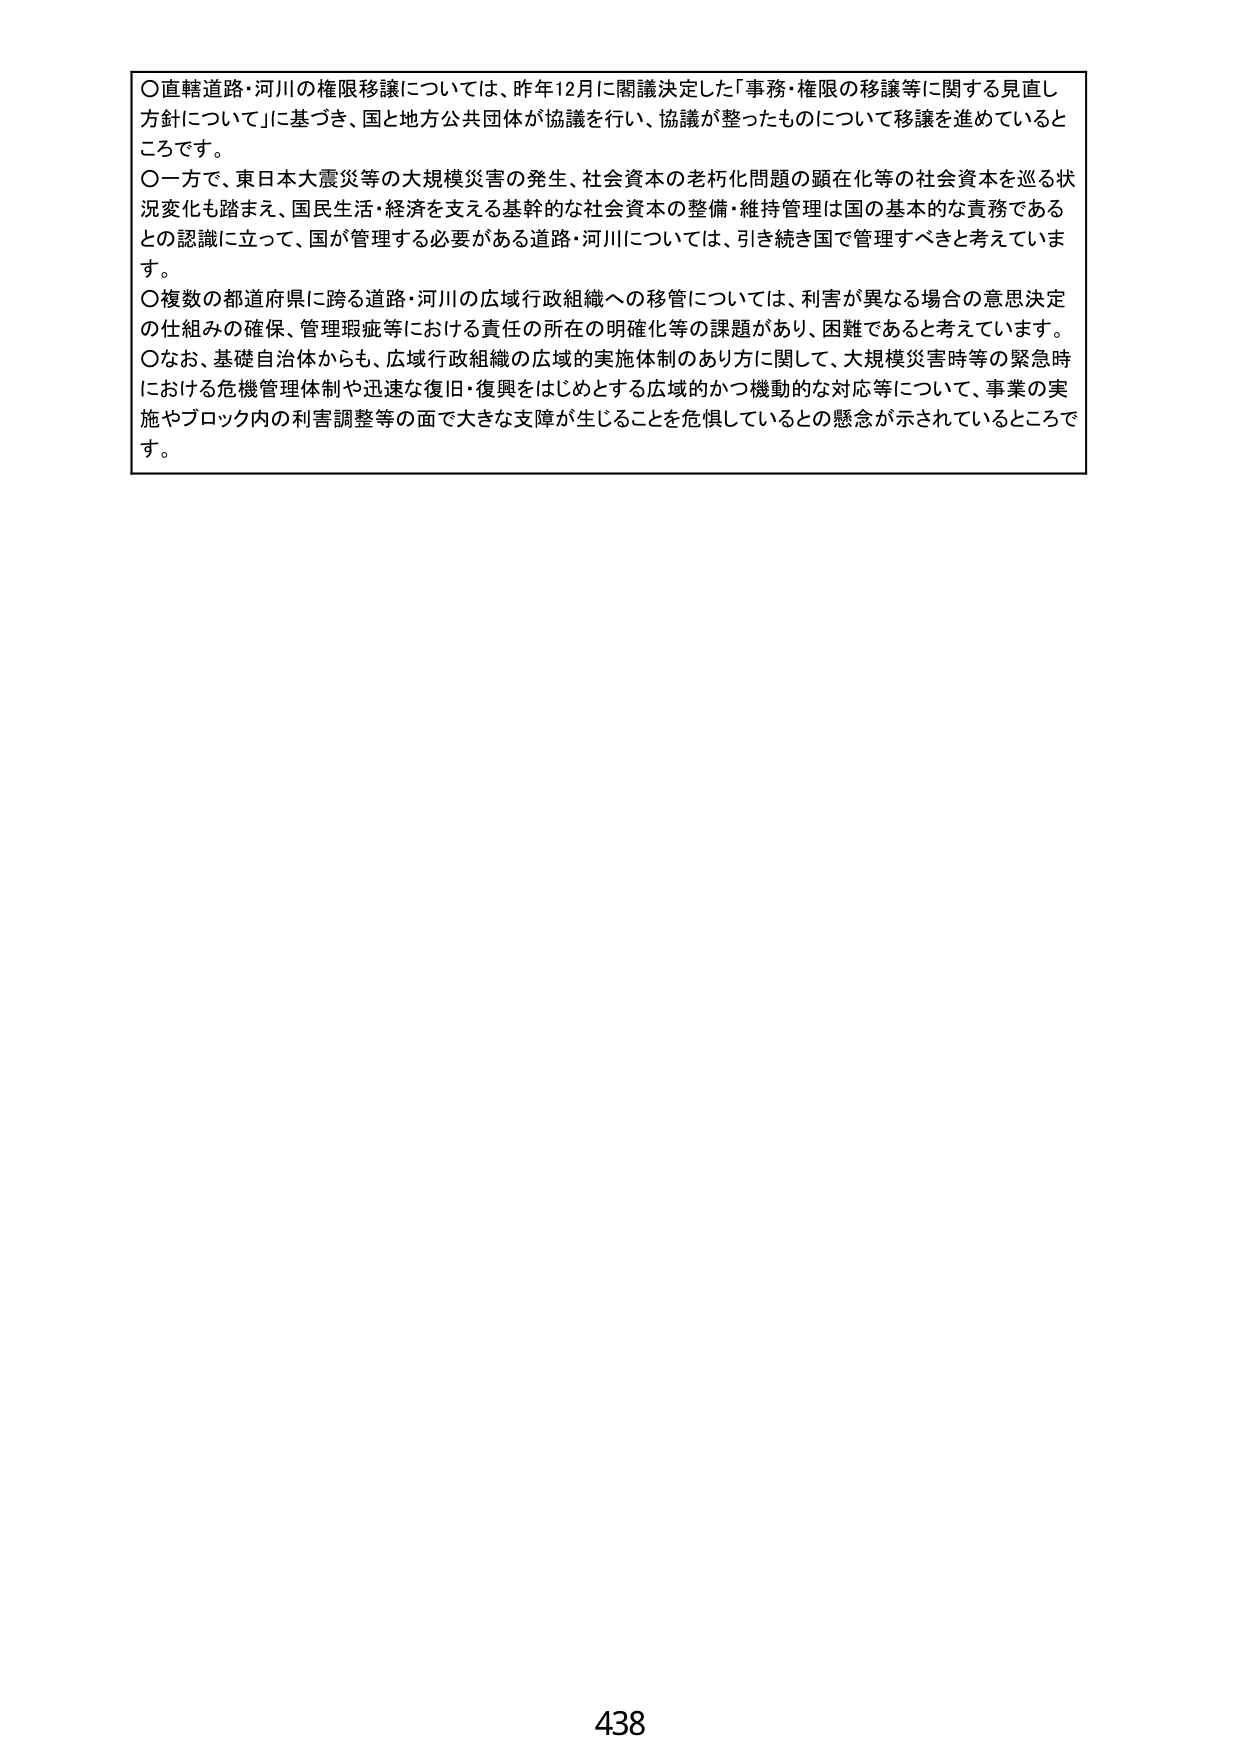
○直轄道路・河川の権限移譲については、昨年12月に閣議決定した「事務・権限の移譲等に関する見直し方針について」に基づき、国と地方公共団体が協議を行い、協議が整ったものについて移譲を進めているところです。

○一方で、東日本大震災等の大規模災害の発生、社会資本の老朽化問題の顕在化等の社会資本を巡る状況変化も踏まえ、国民生活・経済を支える基幹的な社会資本の整備・維持管理は国の基本的な責務であるとの認識に立って、国が管理する必要がある道路・河川については、引き続き国で管理すべきと考えています。

○複数の都道府県に跨る道路・河川の広域行政組織への移管については、利害が異なる場合の意思決定の仕組みの確保、管理瑕疵等における責任の所在の明確化等の課題があり、困難であると考えています。

○なお、基礎自治体からも、広域行政組織の広域的実施体制のあり方に関して、大規模災害時等の緊急時における危機管理体制や迅速な復旧・復興をはじめとする広域的かつ機動的な対応等について、事業の実施やブロック内の利害調整等の面で大きな支障が生じることを危惧しているとの懸念が示されているところです。

438